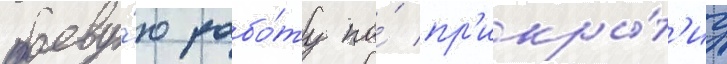
боеву́ю рабо́ту по́ пр'икры́т'иу